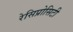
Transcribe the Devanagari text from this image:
रेसिप्रोसिटी